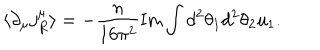
\langle \partial _ { \mu } j _ { R } ^ { \mu } \rangle = - \frac { n } { 1 6 \pi ^ { 2 } } \mathrm { I m } \int d ^ { 2 } \theta _ { 1 } d ^ { 2 } \theta _ { 2 } u _ { 1 } .